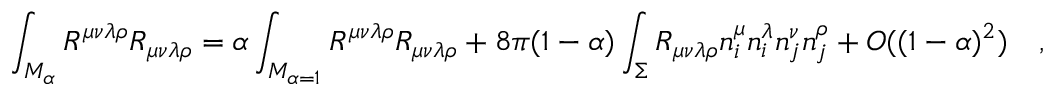
\int _ { { \cal M } _ { \alpha } } R ^ { \mu \nu \lambda \rho } R _ { \mu \nu \lambda \rho } = \alpha \int _ { { \cal M } _ { \alpha = 1 } } R ^ { \mu \nu \lambda \rho } R _ { \mu \nu \lambda \rho } + 8 \pi ( 1 - \alpha ) \int _ { \Sigma } R _ { \mu \nu \lambda \rho } n _ { i } ^ { \mu } n _ { i } ^ { \lambda } n _ { j } ^ { \nu } n _ { j } ^ { \rho } + O ( ( 1 - \alpha ) ^ { 2 } ) ~ ~ ~ ,